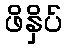
ဖိနှိပ်